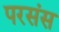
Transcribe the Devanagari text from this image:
परसंस